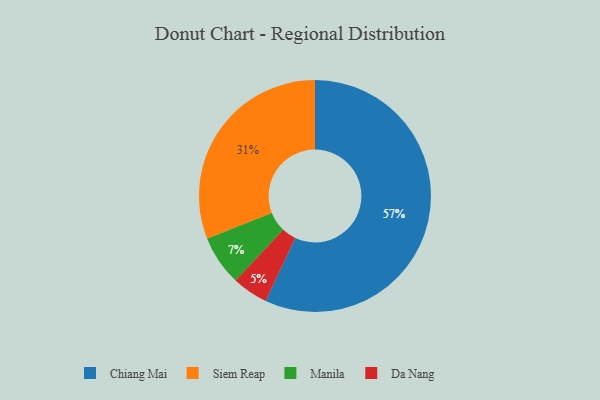
{"axis": {"x": "Category", "y": "Percentage"}, "legend": ["Chiang Mai", "Da Nang", "Manila", "Siem Reap"], "data": [{"x": "Manila", "y": 7, "type": "Manila"}, {"x": "Chiang Mai", "y": 57, "type": "Chiang Mai"}, {"x": "Da Nang", "y": 5, "type": "Da Nang"}, {"x": "Siem Reap", "y": 31, "type": "Siem Reap"}]}